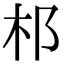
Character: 䢶